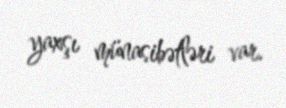
yaxşı münasibətləri var.